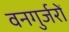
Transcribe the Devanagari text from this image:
वनगुर्जरों